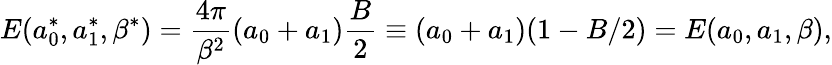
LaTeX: E(a_{0}^{*},a_{1}^{*},\beta^{*})=\frac{4\pi}{\beta^{2}}(a_{0}+a_{1})\frac{B}{2}\equiv(a_{0}+a_{1})(1-B/2)=E(a_{0},a_{1},\beta),